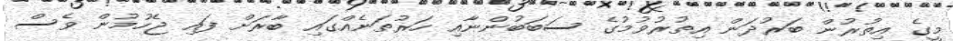
މީގެ އިތުރުން ބަރުދަން އިތުރުވުމުގެ ސަބަބުންނާއި ހަރުތަނެއްގައި ބާރަށް ފައި ޖެހުމުން ވެސް